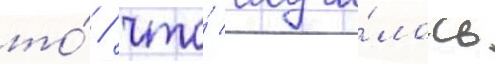
то́ / что́ случи́лось